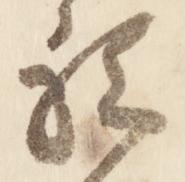
祗